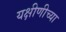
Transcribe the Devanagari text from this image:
यक्षीणीच्या